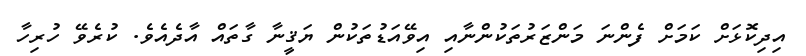
އިދިކޮޅަށް ކަމަށް ފެންނަ މަންޒަރުތަކުންނާއި އިވޭއަޑުތަކުން ޔަޤީނާ ގާތައް އާދެއެވެ. ކުރެވޭ ހުރިހާ